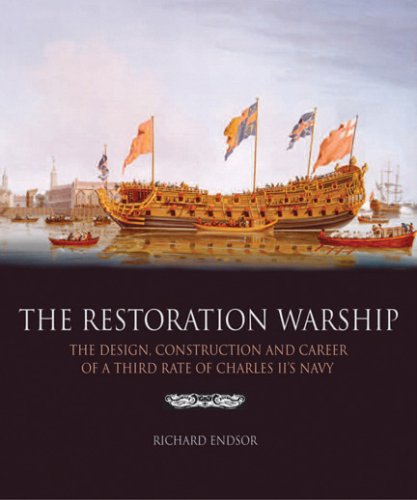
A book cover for The Restoration Warship: The Design, Construction and Career of a Third Rate of Charles II's Navy; Richard Endsor; Arts & Photography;